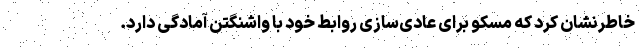
خاطرنشان کرد که مسکو برای عادی‌سازی روابط خود با واشنگتن آمادگی دارد.